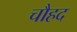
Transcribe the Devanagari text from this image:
चौहद